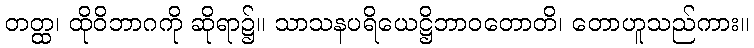
တတ္ထ၊ ထိုဝိဘာဂကို ဆိုရာ၌။ သာသနပရိယေဋ္ဌိဘာဝတောတိ၊ တောဟူသည်ကား။